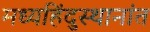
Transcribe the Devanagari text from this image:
मध्यहिंदुस्थानांत